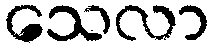
သေလာ